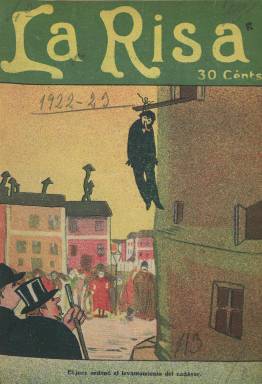
Título: La Risa (Madrid. 1922)
Colección: Revistas satíricas y humorísticas
Ámbito geográfico: Madrid
Lugar de publicación: Madrid
Fechas: 19/11/1922-30/12/1923

Semanario de humor que comenzó a publicarse en noviembre de 1922, en su primer número exponía sus intenciones bajo el epígrafe: ‘La Risa se pone seria (pero es solo por un momento)’, y explicaba: ‘La carcajada ha muerto, y en su lugar, la sonrisa pretende dar a nuestras expansiones de alegría un tinte de suprema distinción. Se diría que pretendemos ocultarnos los unos a los otros nuestros regocijos, con esa mueca funambulesca que apenas deja en descubierto la dentadura’.

  Con entre 20 y 24 páginas por número, el chiste gráfico o literario, la caricatura, la viñeta de humor eran el contenido principal de una revista en las que las ilustraciones tenían un papel preponderante sobre el texto. Se nutría de su plantilla de colaboradores, pero animaba a cualquiera que quisiera participar enviando dibujos o piezas literarias.

  La Risa, dirigida por Felipe Márquez, salió al mercado en un momento de auge de estas publicaciones de humor. El año anterior había hecho su aparición la revista Buen Humor, que compartía muchas firmas con La Risa. Entre los dibujantes figuraba el joven Serny, seudónimo de Ricardo Summers Isern, que realizó portadas y contraportadas, que iban a color, plenas de un humor sano y cotidiano protagonizadas muchas de ellas por mujeres.

  En su almanaque de diciembre de 1923, La Risa informaba de su extensa nómina de colaboradores: ‘Portada y planas a todo color de Tovar, K-Hito y Tito…Los doce meses del año por Márquez, Aureguer, García Cuervo, Serny, Galindo, Cuéllar, López Rey y Ortiz. Artículos y poesías de Joaquín Belda, Álvaro Retana, Fernando Luque, Luis Esteso, E. Ramírez Ángel, A.R. Bonnat, Luis Elías, Federico Torres, Blas-Kito, Portillo, Nicolás de Salas y otros’.

  Una de las curiosidades de este semanario de humor es que organizaba concursos para caballeros y señoritas. El de ellos, ‘el sexo feo’, era un concurso de piropos con premios en metálico. ‘Eso es andar morena, y lo demás es estropear el asfalto’. Este piropo, por ejemplo, es el ganador en el número publicado el 1 de abril de 1923.

  La BNE posee de esta colección hasta el número 59, correspondiente al 30 de diciembre de 1923, pero el último número de la revista parece ser el 70, publicado el 16 de marzo de 1924.

  Más información sobre la revista La Risa y otras de este género puede encontrarse en ‘La obra de Serny. Desde la edad de plata del dibujo hasta 1995’, libro de Begoña Summers de Aguinaga publicado en 2009.

[Descripción publicada el 17/08/2022]